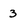
Character: 3